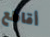
أقاطع